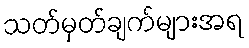
သတ်မှတ်ချက်များအရ